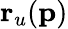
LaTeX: \mathbf{r}_{u}(\mathbf{p})